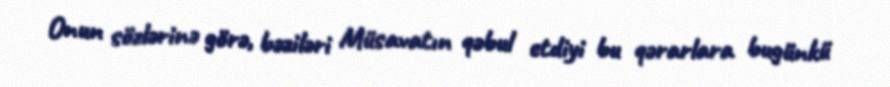
Onun sözlərinə görə, bəziləri Müsavatın qəbul etdiyi bu qərarlara bugünkü